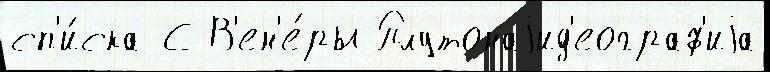
сп'и́ска С В'ен'е́ры Плутонаjид'еограф'иjа